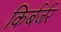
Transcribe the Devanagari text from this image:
किर्बर्जर